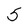
Character: 5